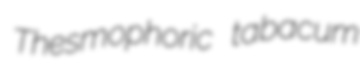
Thesmophoric tabacum